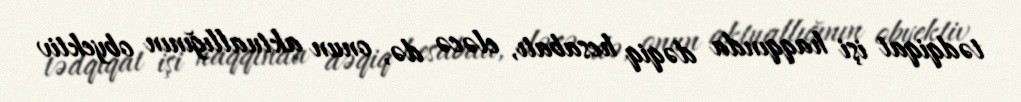
tədqiqat işi haqqında dəqiq hesabatı, eləcə də, onun aktuallığının obyektiv